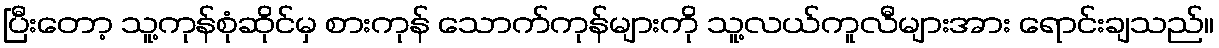
ပြီးတော့ သူ့ကုန်စုံဆိုင်မှ စားကုန် သောက်ကုန်များကို သူ့လယ်ကူလီများအား ရောင်းချသည်။